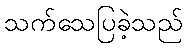
သက်သေပြခဲ့သည်